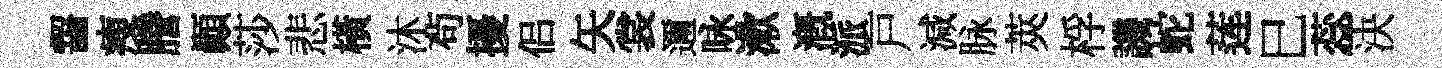
齧瘦謄顚莎悲橫沐茍擾侣矢裳邇咏漱溉派戸減脉莢桴譏蛇莲巳蕊決